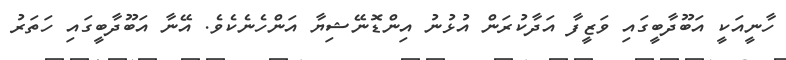
ހާނީއަކީ އަބޫދާބީގައި ވަޒީފާ އަދާކުރަން އުޅުނު އިންޑޮނޭޝިޔާ އަންހެނެކެވެ. އޭނާ އަބޫދާބީގައި ހަތަރު